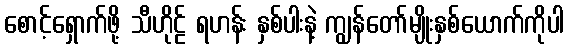
စောင့်ရှောက်ဖို့ သီဟိုဠ် ရဟန်း နှစ်ပါးနဲ့ ကျွန်တော်မျိုးနှစ်ယောက်ကိုပါ